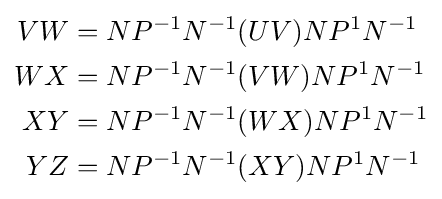
{\begin{aligned}VW&=NP^{-1}N^{-1}(UV)NP^{1}N^{-1}\\WX&=NP^{-1}N^{-1}(VW)NP^{1}N^{-1}\\XY&=NP^{-1}N^{-1}(WX)NP^{1}N^{-1}\\YZ&=NP^{-1}N^{-1}(XY)NP^{1}N^{-1}\\\end{aligned}}